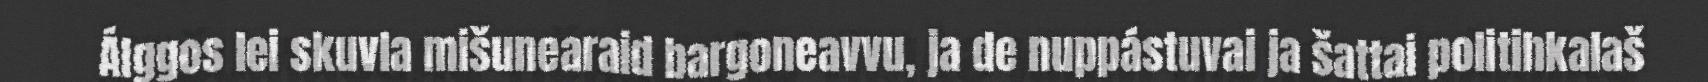
Álggos lei skuvla mišunearaid bargoneavvu, ja de nuppástuvai ja šattai politihkalaš